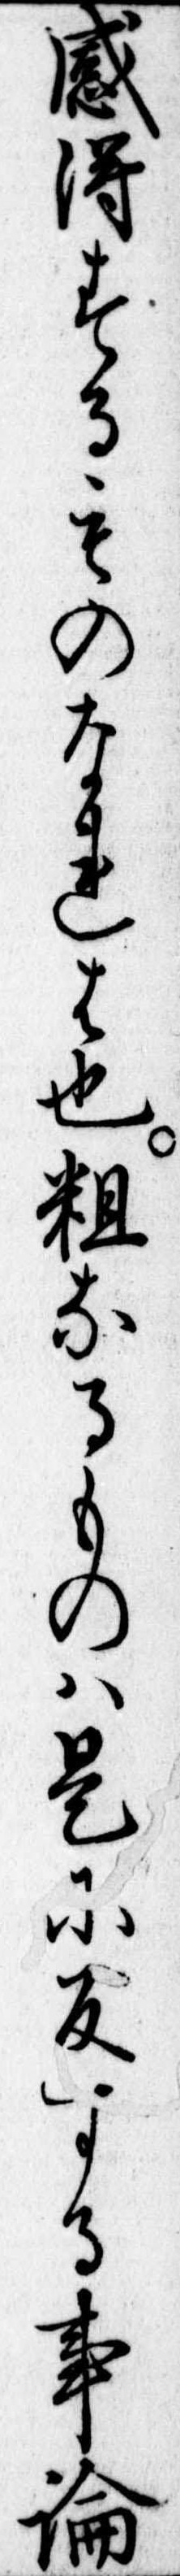
感得するものなれは也粗なるものは是に反する事論